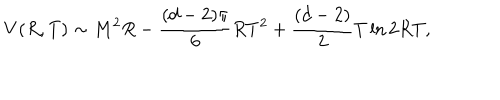
LaTeX: V ( R , T ) \sim M ^ { 2 } R - \frac { ( d - 2 ) \pi } { 6 } R T ^ { 2 } + \frac { ( d - 2 ) } { 2 } T \ln 2 R T ,